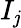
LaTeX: I_{\mathit{j}}